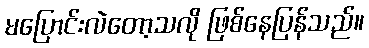
မပြောင်းလဲတော့သလို ဖြစ်နေပြန်သည်။